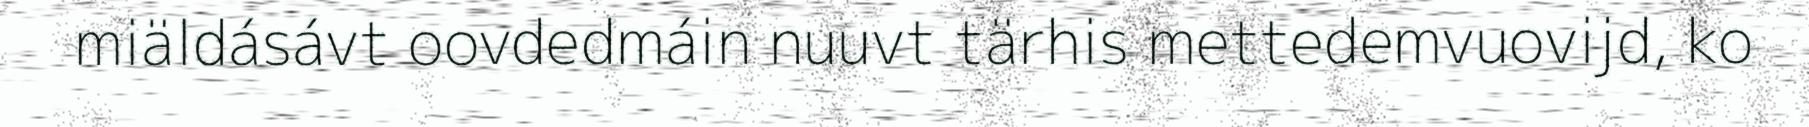
miäldásávt oovdedmáin nuuvt tärhis mettedemvuovijd, ko